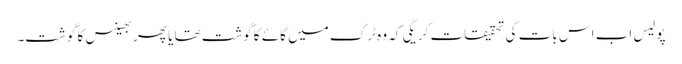
پولیس اب اس بات کی تحقیقات کریگی کہ وہ ٹرک میں گائے کاگوشت تھا یا پھر بھینس کا گوشت۔